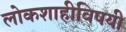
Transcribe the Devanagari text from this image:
लोकशाहीविषयी